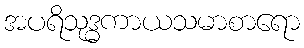
အပရိသုဒ္ဓကာယသမာစာရော